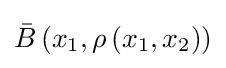
{\bar {B}}\left(x_{1},\rho \left(x_{1},x_{2}\right)\right)